Lunatic asylums United Provinces 1899-1908 - 1899-1908
Year: 1899
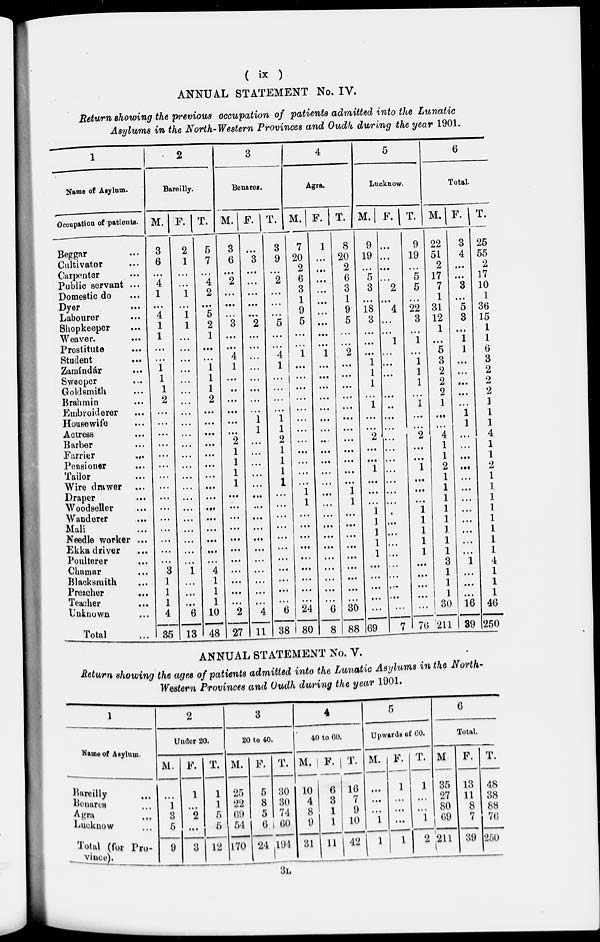
(
ix
)
ANNUAL STATEMENT No. IV.
Return showing the previous occupation of patients admitted into the Lunatic
Asylums in the North-Western Provinces and Oudh during the year 1901.
1
Name of Asylum.
Occupation of patients.
Beggar ...
Cultivator ...
Carpenter ...
Public servant ...
Domestic do ...
Dyer ...
Labourer ...
Shopkeeper
...
Weaver.
...
Prostitute ...
Student ...
Zamíndár ...
Sweeper ...
Goldsmith ...
Brahmin ...
Embroiderer ...
Housewife ...
Actress ...
Barber ...
Farrier
...
Pensioner ...
Tailor ...
Wire drawer ...
Draper ...
Woodseller ...
Wanderer ...
Mali ...
Needle worker ...
Ekka driver ...
Poulterer
...
Chamar ...
Blacksmith ...
Preacher ...
Teacher ...
Unknown ...
Total ...
2
Bareilly
M.
3
6
...
4
1
...
4
1
1
...
...
1
1
1
2
...
...
...
...
...
...
...
...
...
...
...
...
...
...
...
3
1
1
1
4
35
F.
2
1
...
...
1
...
1
1
...
...
...
...
...
...
...
...
...
...
...
...
...
...
...
...
...
...
...
...
...
...
1
...
...
...
6
13
T.
5
7
...
4
2
...
5
2
1
...
...
1
1
1
2
...
...
...
...
...
...
...
...
...
...
...
...
...
...
...
4
1
1
1
10
48
3
Benares.
M.
3
6
...
2
...
...
...
3
...
...
4
1
...
...
...
...
...
...
2
1
1
1
1
...
...
...
...
...
...
...
...
...
...
...
2
27
F.
...
3
...
...
...
...
...
2
...
...
...
...
...
...
...
...
1
1
...
...
...
...
...
...
...
...
...
...
...
...
...
...
...
...
4
11
T.
3
9
...
2
...
...
...
5
...
...
4
1
...
...
...
...
1
1
2
1
1
1
1
...
...
...
...
...
...
...
...
...
...
...
6
38
4
Agra.
M.
7
20
2
6
3
1
9
5
...
...
1
...
...
...
...
...
...
...
...
...
...
...
...
1
1
...
...
...
...
...
...
...
...
...
24
80
F.
1
...
...
...
...
...
...
...
...
...
1
...
...
...
...
...
...
...
...
...
...
...
...
...
...
...
...
...
...
...
...
...
...
...
6
8
T.
8
20
2
6
3
1
9
5
...
...
2
...
...
...
...
...
...
...
...
...
...
...
...
1
1
...
...
...
...
...
...
...
...
...
30
88
5
Lucknow.
M.
9
19
...
5
3
...
18
3
...
...
...
1
1
1
...
1
...
...
2
...
...
1
...
...
...
1
1
1
1
1
...
...
...
...
...
69
F.
...
...
...
...
2
...
4
...
...
1
...
...
...
...
...
..
...
...
...
...
...
...
...
...
...
...
...
...
...
...
...
...
...
...
...
7
T.
9
19
...
5
5
...
22
3
...
1
...
1
1
1
...
1
...
...
2
...
...
1
...
...
...
1
1
1
1
1
...
...
...
...
...
76
6
Total
M.
22
51
2
17
7
1
31
12
1
...
5
3
2
2
2
1
...
...
4
1
1
2
1
1
1
1
1
1
1
1
3
1
1
1
30
211
F.
3
4
...
...
3
...
5
3
...
1
1
...
...
...
...
...
1
1
...
...
...
...
...
...
...
...
...
...
...
...
1
...
...
...
16
39
T.
25
55
2
17
10
1
36
15
1
1
6
3
2
2
2
1
1
1
4
1
1
2
1
1
1
1
1
1
1
1
4
1
1
1
46
250
ANNUAL STATEMENT No. V.
Return showing the ages of patients admitted into the Lunatic Asylums in the North-
Western Provinces and Oudh during the year 1901.
1
Name of Asylum.
Bareilly
...
Benares
...
Agra
...
Lucknow ...
Total (for Pro
vince).
2
Under 20.
M.
...
1
3
5
9
F.
1
...
2
...
3
T.
1
1
5
5
12
3
20 to 40.
M.
25
22
69
54
170
F.
5
8
5
6
24
T.
30
30
74
60
194
4
40 to 60.
M.
10
4
8
9
31
F.
6
3
1
1
11
T.
16
7
9
10
42
5
Upwards of 60.
M.
...
...
...
1
1
F.
1
...
...
...
1
T.
1
...
...
l
2
6
Total.
M.
35
27
80
69
211
F.
13
11
8
7
39
T.
48
38
88
76
250
3L